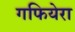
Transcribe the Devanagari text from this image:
गफियेरा